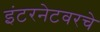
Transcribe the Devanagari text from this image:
इंटरनेटवरचे